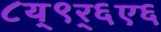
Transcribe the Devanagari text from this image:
८य्९र्६ए६